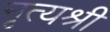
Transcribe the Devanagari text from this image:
नृत्यश्री